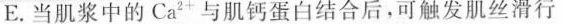
E. 当肌浆中的Ca^{2+}与肌钙蛋白结合后，可触发肌丝滑行